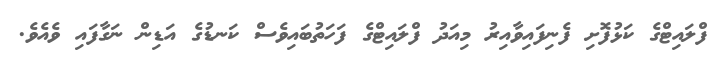
ފްލައިޓްގެ ކަޅުފޮށި ފެނިފައިވާއިރު މިއަދު ފްލައިޓްގެ ފަހަތުބައިވެސް ކަނޑުގެ އަޑިން ނަގާފައި ވެއެވެ.